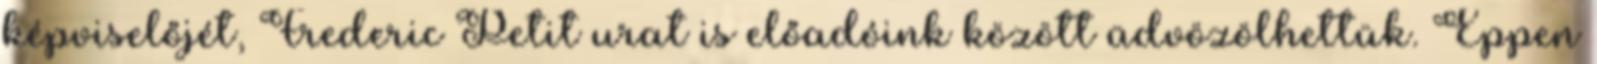
képviselőjét, Frederic Petit urat is előadóink között üdvözölhettük. Éppen